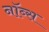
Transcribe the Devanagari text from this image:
नॉब्स